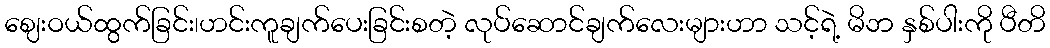
ဈေးဝယ်ထွက်ခြင်း၊ဟင်းကူချက်ပေးခြင်းစတဲ့ လုပ်ဆောင်ချက်လေးများဟာ သင့်ရဲ့ မိဘ နှစ်ပါးကို ပီတိ